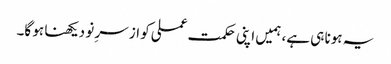
یہ ہونا ہی ہے، ہمیں اپنی حکمت عملی کو از سرِ نو دیکھنا ہو گا۔